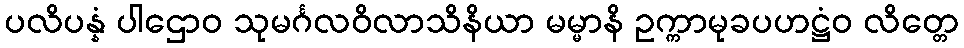
ပလိပန္နံ ပါဌောဝ သုမင်္ဂလဝိလာသိနိယာ မမ္မာနိ ဥက္ကာမုခပဟဋ္ဌံဝ လိတ္တေ